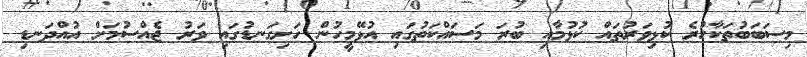
މިސަބަބުތަކާހުރެ ކުޅިވަރުތައް ކުޅުމާއި ބުރަ މަސައްކަތުގައި އުޅޭމީހުން ހަށިގަނޑުގައި ވަރު ޖެއްސުމަށް އުއްދަނޑި